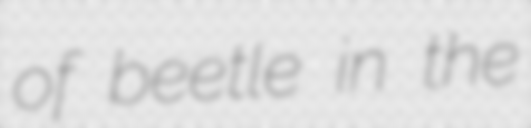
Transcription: of beetle in the